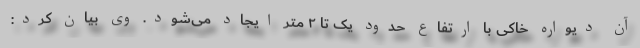
آن دیواره خاکی با ارتفاع حدود یک تا ۲ متر ایجاد می‌شود. وی بیان کرد: